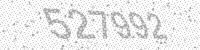
Solution: 527992